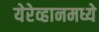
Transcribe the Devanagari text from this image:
येरेव्हानमध्ये